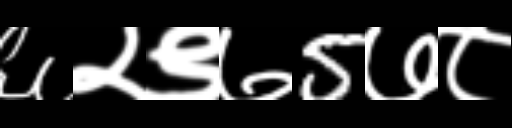
Text: ६२९७5७८